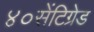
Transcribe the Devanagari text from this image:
४०सेंटिग्रेड